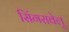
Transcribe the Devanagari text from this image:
सिंगरावेलू